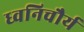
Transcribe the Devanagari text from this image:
ध्वनिचौर्य